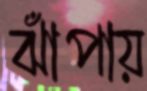
ঝাঁপায়